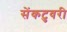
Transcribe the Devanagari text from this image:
सेंकटुवरी